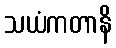
သယံကတာနိ